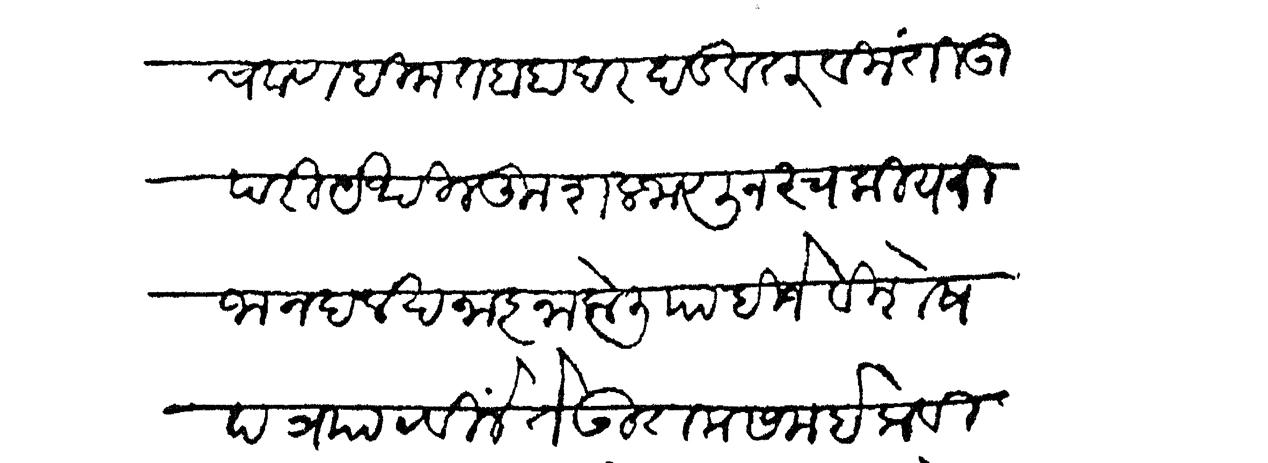
Transliteration (Devanagari): चवाण हिमतबहादर दंडवत विनंती उपरी येथील कुशल जाणून स्वकीय निजानंदलेखनाज्ञा केली पाहिजे विशेष पत्न पाठविलें ते उतम समयी प्रवि